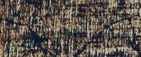
خدمة التوصيل